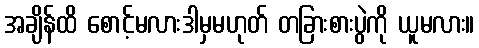
အချိန်ထိ စောင့်မလားဒါမှမဟုတ် တခြားစားပွဲကို ယူမလား။